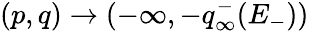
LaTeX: (p,q)\to(-\infty,-q_{\infty}^{-}(E_{-}))